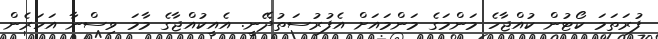
ފުރަތަމަ ކޯޓުން ކުއްޖާހެ މަންމަގެ މަންމައަށް އެފުރުސަތުދޭނީ. އެއީކުއްޖާގެ މާމަ ވިސްނާ އަހަރެން